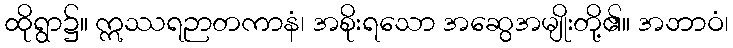
ထိုရွာ၌။ ဣဿရဉာတကာနံ၊ အစိုးရသော အဆွေအမျိုးတို့၏။ အဘာဝံ၊